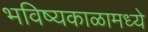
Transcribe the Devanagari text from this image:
भविष्यकाळामध्ये